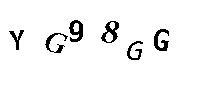
YG98GG